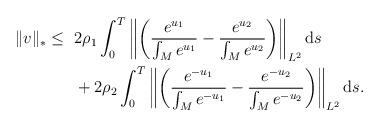
LaTeX: \begin{align*}\begin{aligned}\|v\|_*\leq~&2\rho_1\int_0^T\left\|\left(\frac{e^{u_1}}{\int_{ M}e^{u_1}}-\frac{e^{u_2}}{\int_{ M}e^{u_2}}\right)\right\|_{L^2}\mathrm{d}s\\&+2\rho_2\int_0^T\left\|\left(\frac{e^{-u_1}}{\int_{ M}e^{-u_1}}-\frac{e^{-u_2}}{\int_{ M}e^{-u_2}}\right)\right\|_{L^2}\mathrm{d}s.\end{aligned}\end{align*}